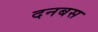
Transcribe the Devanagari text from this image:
दनबस